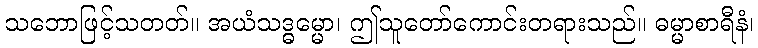
သဘောဖြင့်သတတ်။ အယံသဒ္ဓမ္မော၊ ဤသူတော်ကောင်းတရားသည်။ ဓမ္မာစာရီနံ၊